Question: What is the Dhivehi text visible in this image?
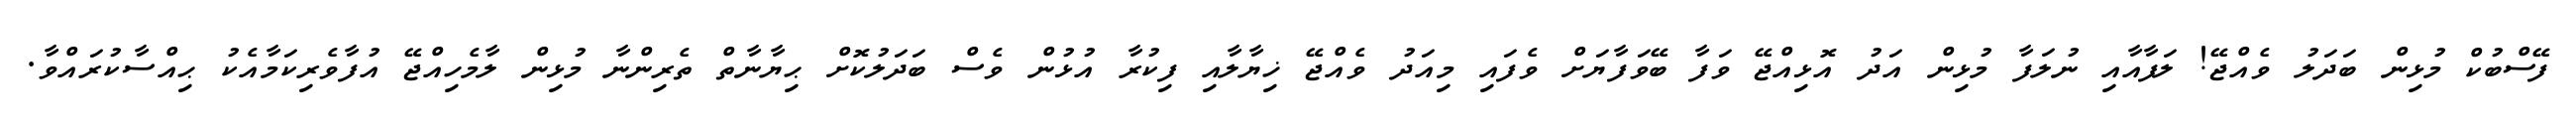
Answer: ފޭސްބުކް މުޅިން ބަދަލު ވެއްޖޭ! ލަފާއާއި ނުލަފާ މުޅިން އަދު އޮޅިއްޖޭ ވަފާ ބޭވަފާޔަށް ވެފައި މިއަދު ވެއްޖޭ ޚިޔާލާއި ފިކުރާ އުޅުން ވެސް ބަދަލުކޮށް ޙިޔާނާތް ތެރިންނާ މުޅިން ލާމެހިއްޖޭ އުފާވެރިކަމާއެކު ޙިއްސާކުރައްވާ.